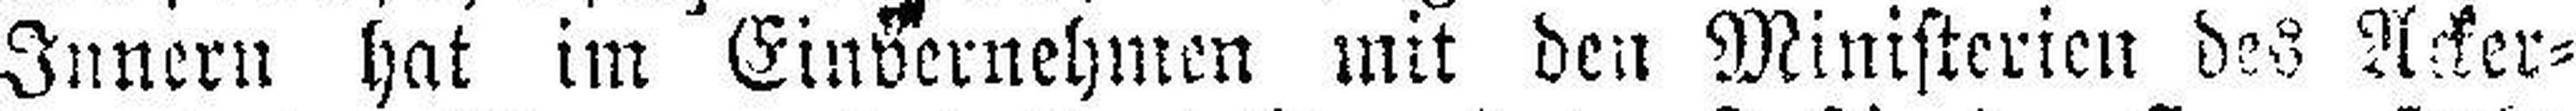
Innern hat im Einvernehmen mit den Ministerien des Acker¬